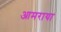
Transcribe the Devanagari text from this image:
आमराया